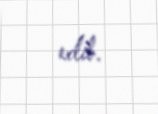
edib.